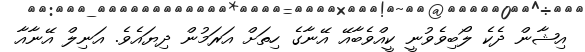
އިޝާން ދެކެ ލޯބިވެވުނީ ކީއްވެބާއޭ އޭނާގެ ހިތަށް އަރަމުން ދިޔައެވެ. އަނިލް އޭނާއާ